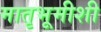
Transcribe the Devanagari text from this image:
मातृभूमीशी